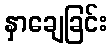
နှာချေခြင်း